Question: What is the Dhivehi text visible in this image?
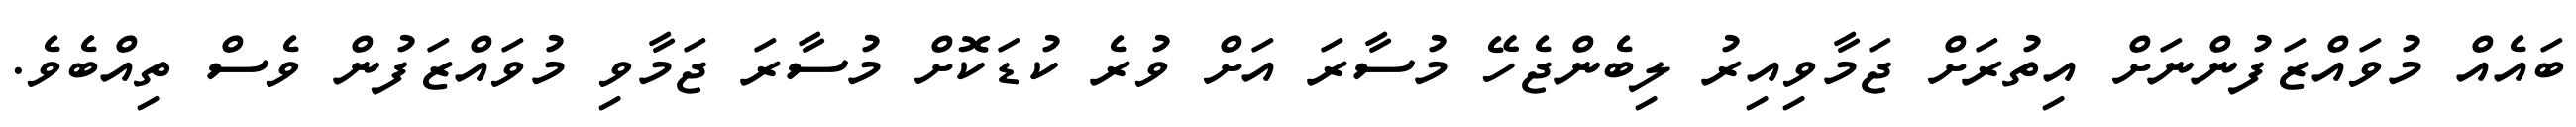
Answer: ބައެއް މުވައްޒަފުންނަށް އިތުރަށް ޖަމާވިއިރު ލިބެންޖެހޭ މުސާރަ އަށް ވުރެ ކުޑަކޮށް މުސާރަ ޖަމާވި މުވައްޒަފުން ވެސް ތިއްބެވެ.